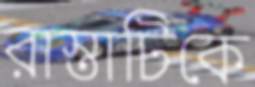
রাস্তাটিকে